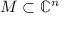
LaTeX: M \subset \mathbb { C } ^ { n }